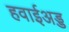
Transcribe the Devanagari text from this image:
हवाईअड्ड